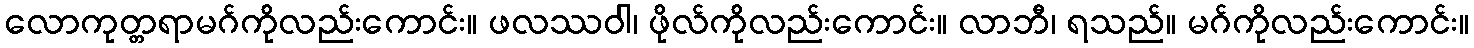
လောကုတ္တရာမဂ်ကိုလည်းကောင်း။ ဖလဿဝါ၊ ဖိုလ်ကိုလည်းကောင်း။ လာဘီ၊ ရသည်။ မဂ်ကိုလည်းကောင်း။